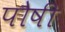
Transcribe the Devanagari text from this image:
पौषी